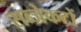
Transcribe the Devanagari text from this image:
सब्जेकटों